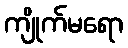
ကျိုက်မရော